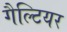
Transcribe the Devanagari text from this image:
गैल्टियर